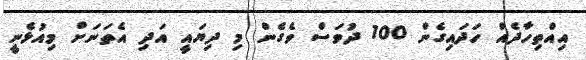
އިއްތިހާދެއް ހަދައިގެން 100 ދުވަސް ވެގެން މި ދިޔައީ އަދި އެތަނަށް މިއުޅެނީ